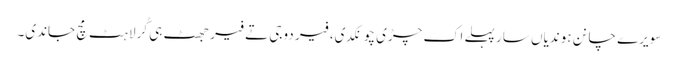
سویرے چانن ہوندیاں سار پہلے اک چڑی چونکدی، فیر دوجی تے فیر جھٹ ہی کُرلاہٹ مچ جاندی۔